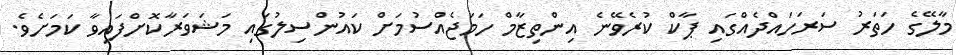
މާލޭގެ ހަތަރު ސަރަހައްދެއްގައި ޕާކް ކުރެވޭނެ އިންތިޒާމް ހަމަޖެއްސުމަށް ކައުންސިލުގައި މަޝަވަރާކޮށްފައިވާ ކަމަށެވެ.